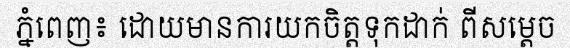
ភ្នំពេញ៖ ដោយមានការយកចិត្តទុកដាក់ ពីសម្តេច